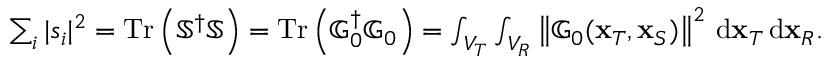
\begin{array} { r } { \sum _ { i } | s _ { i } | ^ { 2 } = \operatorname { T r } \left( \mathbb { S } ^ { \dagger } \mathbb { S } \right) = \operatorname { T r } \left( \mathbb { G } _ { 0 } ^ { \dagger } \mathbb { G } _ { 0 } \right) = \int _ { V _ { T } } \int _ { V _ { R } } \left\| \mathbb { G } _ { 0 } ( \mathbf { x } _ { T } , \mathbf { x } _ { S } ) \right\| ^ { 2 } \, \mathrm { d } \mathbf { x } _ { T } \, \mathrm { d } \mathbf { x } _ { R } . } \end{array}